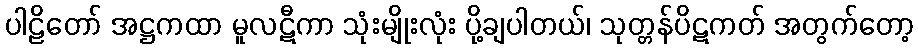
ပါဠိတော် အဋ္ဌကထာ မူလဋီကာ သုံးမျိုးလုံး ပို့ချပါတယ်၊ သုတ္တန်ပိဋကတ် အတွက်တော့